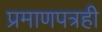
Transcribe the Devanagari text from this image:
प्रमाणपत्रही